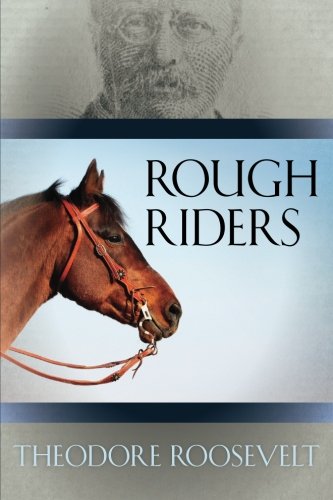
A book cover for Rough Riders; Theodore Roosevelt; Literature & Fiction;